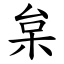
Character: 枲